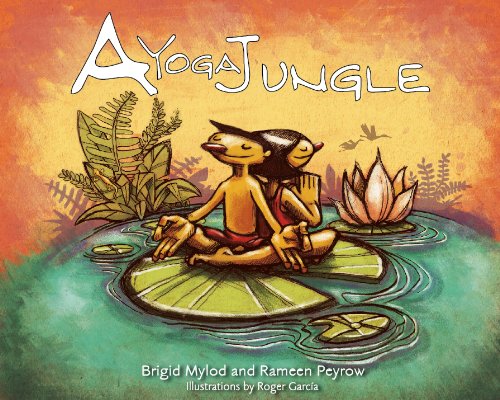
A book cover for A Yoga Jungle; Brigid Mylod; Teen & Young Adult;